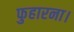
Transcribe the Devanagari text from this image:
फुहारना।